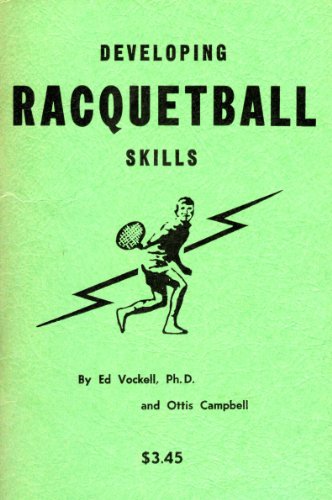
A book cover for Developing racquetball skills; Edward L Vockell; Sports & Outdoors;